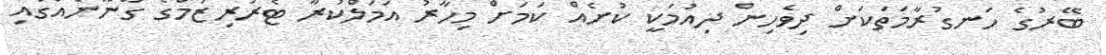
ބޭރުގެ ހަނގުރާމަތަކަށް ދިވެހިން ދިއުމަކީ ކުށެއް ކަމަށް މިހާރު އަމަލްކުރާ ޓެރަރިޒަމްގެ ގާނޫނެއްގައި